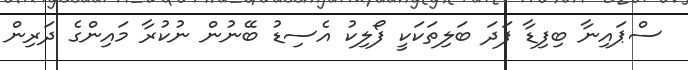
ސްޕައިނާ ބިފިޑާ ފަދަ ބަލިތަކަކީ ފޯލިކު އެސިޑު ބޭނުން ނުކުރާ މައިންގެ ދަރިން